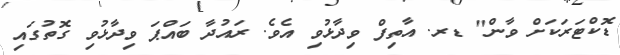
ޑޮކްޓަރަކަށް ވާން" ޑރ. އާތިފް ވިދާޅުވި އެވެ. ރައުދާ ބައްޕަ ވިދާޅުވި ގޮތުގައި